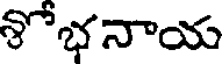
శోభనాయ